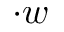
\cdot w